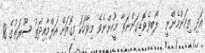
އަދި ތިމަންމެންނީ  ލޯބިވެވޮޑިގަންނަވާ މީހުންނެވެ މިވާހަކަ މިގޮތަށް އަލްމާއިދަތު ސޫރަތުގެ 18